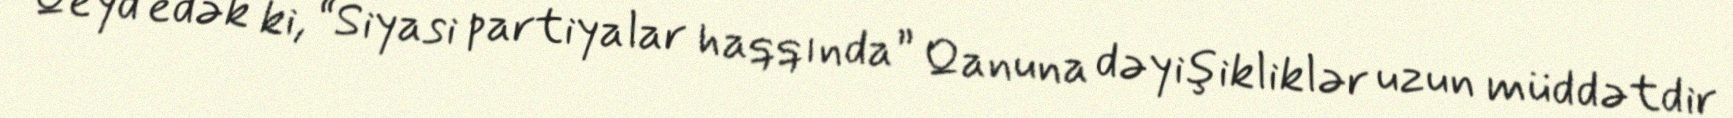
Qeyd edək ki, “Siyasi partiyalar haqqında” Qanuna dəyişikliklər uzun müddətdir